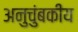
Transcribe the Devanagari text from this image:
अनुचुंबकीय